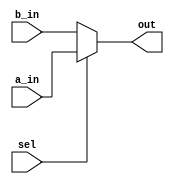
`timescale 1ns / 1ps

module mux2 #( parameter WIDTH = 16)
	(
    input [WIDTH-1:0] a_in,
    input [WIDTH-1:0] b_in,
    input sel,
    output [WIDTH-1:0] out
    );
	
	assign out = sel ? a_in : b_in;
	
endmodule